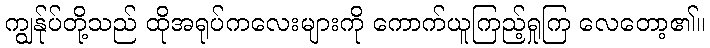
ကျွန်ုပ်တို့သည် ထိုအရုပ်ကလေးများကို ကောက်ယူကြည့်ရှုကြ လေတော့၏။